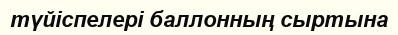
түйіспелері баллонның сыртына